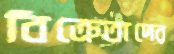
বিক্রেতাদের